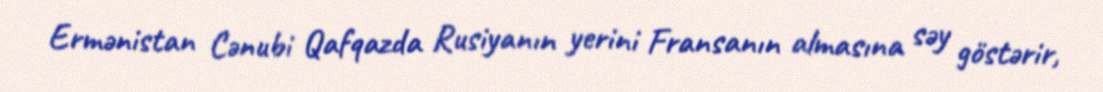
Ermənistan Cənubi Qafqazda Rusiyanın yerini Fransanın almasına səy göstərir,